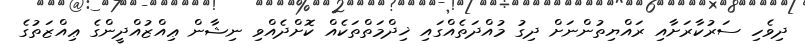
ދިވެހި ސަރުކާރަށާއި ރައްޔިތުންނަށް ދިގު މުއްދަތެއްގައި ޚިދްމަތްތަކެއް ކޮށްދެއްވި ނިޝާން ޢިއްޒުއްދީންގެ ޢިއްޒަތުގެ